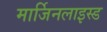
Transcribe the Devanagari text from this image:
मार्जिनलाइस्ड